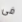
فى